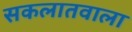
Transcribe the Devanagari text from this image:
सकलातवाला